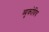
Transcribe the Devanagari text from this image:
व्युकोविच